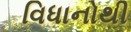
વિધાનોથી